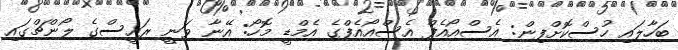
ބަހާލައި ހުސްކޮށްފިން: އެސްއޯއެފް އެސްއޯއެފްގެ އެމްޑީ މޮހޯ: އޭނާ ވަނީ ރައީސްގެ ލޯންޗްގައި